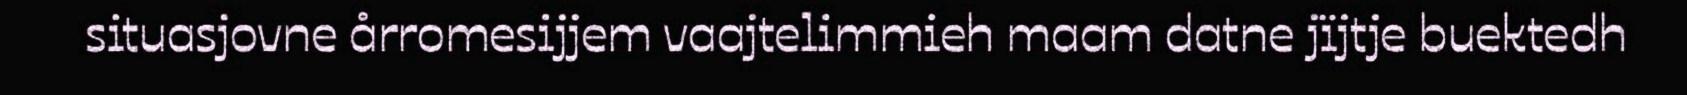
situasjovne årromesijjem vaajtelimmieh maam datne jïjtje buektedh